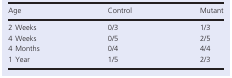
| Age | Control | Mutant |
 | --- | --- | --- |
 | 2 Weeks | 0/3 | 1/3 |
 | 4 Weeks | 0/5 | 2/5 |
 | 4 Months | 0/4 | 4/4 |
 | 1 Year | 1/5 | 2/3 |